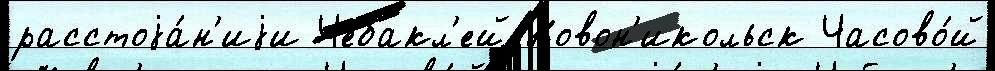
расстоjа́н'иjи Чебакл'ей Новон'икольск Часово́й